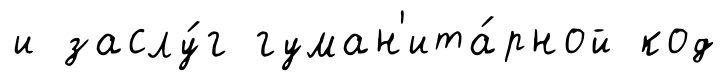
и заслу́г гуман'ита́рной код